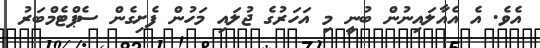
އެވެ. އެ އެއާލައިނުން ބުނީ މި އަހަރުގެ ޖުލައި މަހުން ފެށިގެން ސެޕްޓެމްބަރު